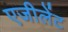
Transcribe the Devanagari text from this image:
एजीलेंट